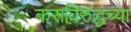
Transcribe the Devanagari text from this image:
कराविरुद्धच्या